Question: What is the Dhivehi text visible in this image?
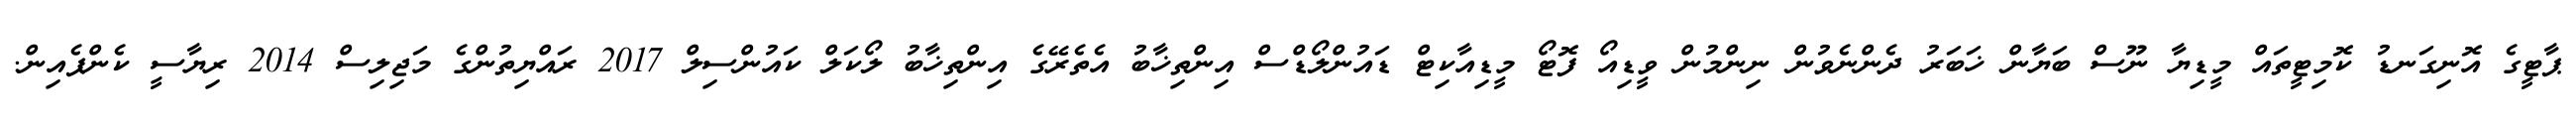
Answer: ޕާޓީގެ އޮނިގަނޑު ކޮމިޓީތައް މީޑިޔާ ނޫސް ބަޔާން ޚަބަރު ދެންނެވުން ނިންމުން ވީޑިއޯ ފޮޓޯ މީޑިއާކިޓް ޑައުންލޯޑްސް އިންތިޚާބު އެތެރޭގެ އިންތިޚާބު ލޯކަލް ކައުންސިލް 2017 ރައްޔިތުންގެ މަޖިލިސް 2014 ރިޔާސީ ކެންޕެއިން.